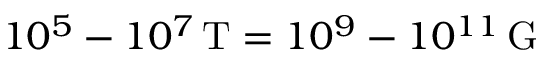
1 0 ^ { 5 } - 1 0 ^ { 7 } \, \mathrm { T } = 1 0 ^ { 9 } - 1 0 ^ { 1 1 } \, \mathrm { G }